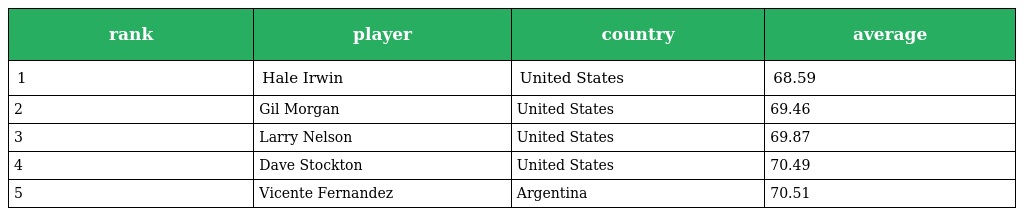
| rank | player | country | average |
 | --- | --- | --- | --- |
 | 1 | Hale Irwin | United States | 68.59 |
 | 2 | Gil Morgan | United States | 69.46 |
 | 3 | Larry Nelson | United States | 69.87 |
 | 4 | Dave Stockton | United States | 70.49 |
 | 5 | Vicente Fernandez | Argentina | 70.51 |